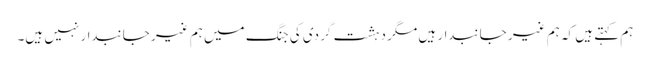
ہم کہتے ہیں کہ ہم غیر جانبدار ہیں مگر دہشت گردی کی جنگ میں ہم غیر جانبدار نہیں ہیں۔